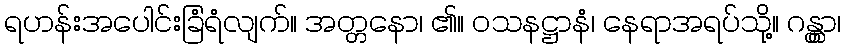
ရဟန်းအပေါင်းခြံရံလျက်။ အတ္တနော၊ ၏။ ဝသနဋ္ဌာနံ၊ နေရာအရပ်သို့။ ဂန္တွာ၊